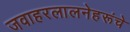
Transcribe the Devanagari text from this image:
जवाहरलालनेहरूंचे